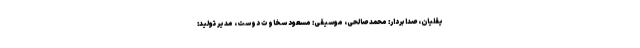
یقلیان، صدابردار: محمد صالحی، موسیقی: مسعود سخاوت دوست، مدیر تولید: